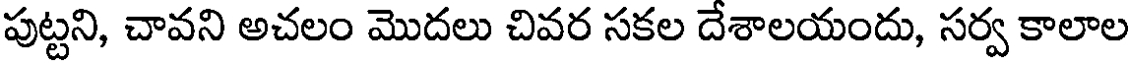
పుట్టని, చావని అచలం మొదలు చివర సకల దేశాలయందు, సర్వ కాలాల